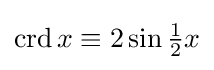
{\textstyle \operatorname {crd} x\equiv 2\sin {\tfrac {1}{2}}x}